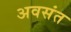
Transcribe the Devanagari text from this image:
अवसंत